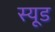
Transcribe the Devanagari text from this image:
स्‍यूड